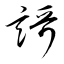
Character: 謌